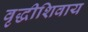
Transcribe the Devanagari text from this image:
वृद्धीशिवाय